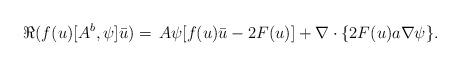
LaTeX: \begin{align*} \Re(f(u)[A^b,\psi]\bar u)= \,A\psi [f(u)\bar u - 2 F(u)] + \nabla\cdot \{ 2F(u) a \nabla \psi \}. \end{align*}